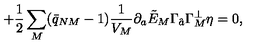
\qquad \qquad \qquad \qquad + { \frac { 1 } { 2 } } \sum _ { M } ( \bar { q } _ { N M } - 1 ) { \frac { 1 } { V _ { M } } } \partial _ { a } \tilde { E } _ { M } \Gamma _ { \hat { a } } \Gamma _ { M } ^ { \perp } \eta = 0 ,